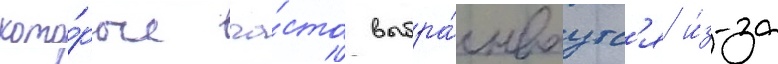
кото́рые ча́сто выбра́сываутс'я и́з-за